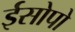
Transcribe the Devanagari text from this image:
ईसोपो